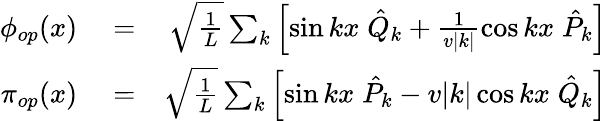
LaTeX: \begin{array}{rlr}{\phi_{op}(x)}&{{}=}&{\sqrt{\frac{1}{L}}\sum_{k}\left[\sin kx\; \hat{Q}_{k}+\frac{1}{v|k|}\cos kx\; \hat{P}_{k}\right]}\\ {\pi_{op}(x)}&{{}=}&{\sqrt{\frac{1}{L}}\sum_{k}\left[\sin kx\; \hat{P}_{k}-v|k|\cos kx\; \hat{Q}_{k}\right]}\end{array}